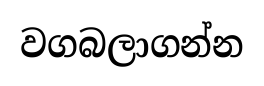
වගබලාගන්න